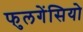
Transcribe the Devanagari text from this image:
फुलगेंसियो